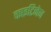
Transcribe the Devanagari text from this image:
काइटिनेज